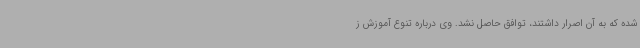
شده که به آن اصرار داشتند، توافق حاصل نشد. وی درباره تنوع آموزش ز